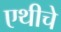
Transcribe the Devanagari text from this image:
एथीचे